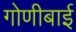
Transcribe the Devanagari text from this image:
गोणीबाई